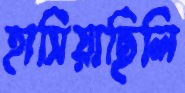
হাসিয়াছিলি